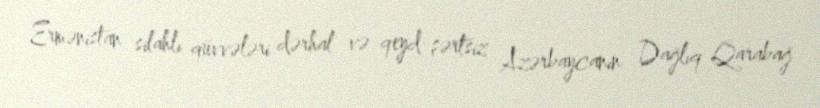
Ermənistan silahlı qüvvələri dərhal və qeyd-şərtsiz Azərbaycanın Dağlıq Qarabağ